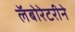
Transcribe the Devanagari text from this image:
लॅबोरेटरीने